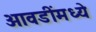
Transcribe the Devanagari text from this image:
आवडींमध्ये